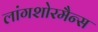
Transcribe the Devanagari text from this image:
लांगशोरमैन्स